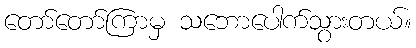
တော်တော်ကြာမှ သဘောပေါက်သွားတယ်။